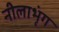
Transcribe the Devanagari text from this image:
नीलाभृंग